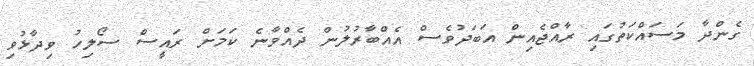
ގެންދާ މަސައްކަތުގައި ރާއްޖެއިން އަބަދުވެސް އެއްބާރުލުން ދެއްވާނެ ކަމަށް ރައީސް ސޯލިހު ވިދާޅުވި